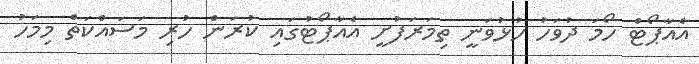
އެއާޕޯޓް ހޯމަ ދުވަހު ހުޅުވަނީ ތިމަރަފުށީ އެއާޕޯޓުގައި ކުރަން ހުރި މަސައްކަތް މިމަހު